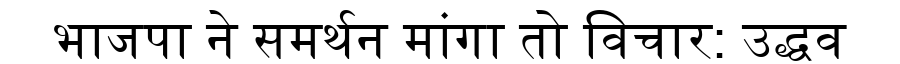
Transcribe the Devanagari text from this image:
भाजपा ने समर्थन मांगा तो विचार: उद्धव